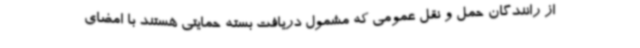
از رانندگان حمل و نقل عمومی که مشمول دریافت بسته حمایتی هستند با امضای